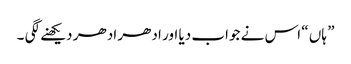
” ہاں “ اس نے جواب دیا اور ادھر ادھر دیکھنے لگی ۔